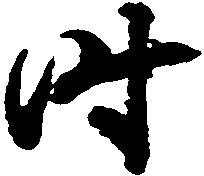
時